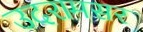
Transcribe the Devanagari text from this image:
उदरामसर